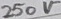
Text: 250V